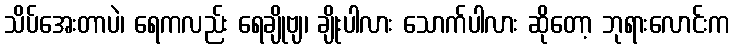
သိပ်အေးတာပဲ၊ ရေကလည်း ရေချိုဗျ၊ ချိုးပါလား သောက်ပါလား ဆိုတော့ ဘုရားလောင်းက